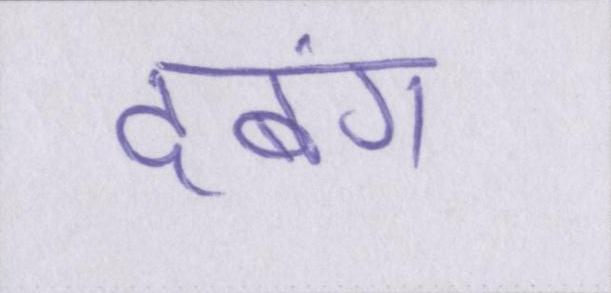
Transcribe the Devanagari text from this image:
दबंग